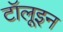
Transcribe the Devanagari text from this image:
टॉलूइन